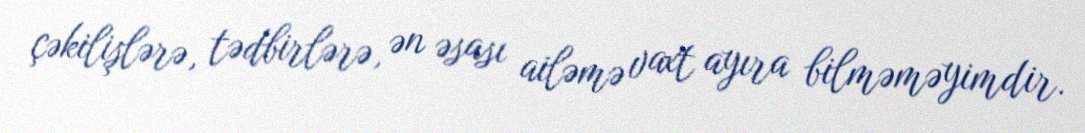
çəkilişlərə, tədbirlərə, ən əsası ailəmə vaxt ayıra bilməməyimdir.